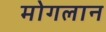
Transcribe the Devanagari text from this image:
मोगलान